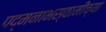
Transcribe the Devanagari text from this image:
पद्मनाभस्वामींच्या